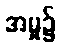
အမှု၌